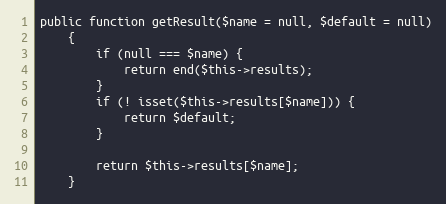
Language: PHP
public function getResult($name = null, $default = null)
    {
        if (null === $name) {
            return end($this->results);
        }
        if (! isset($this->results[$name])) {
            return $default;
        }

        return $this->results[$name];
    }